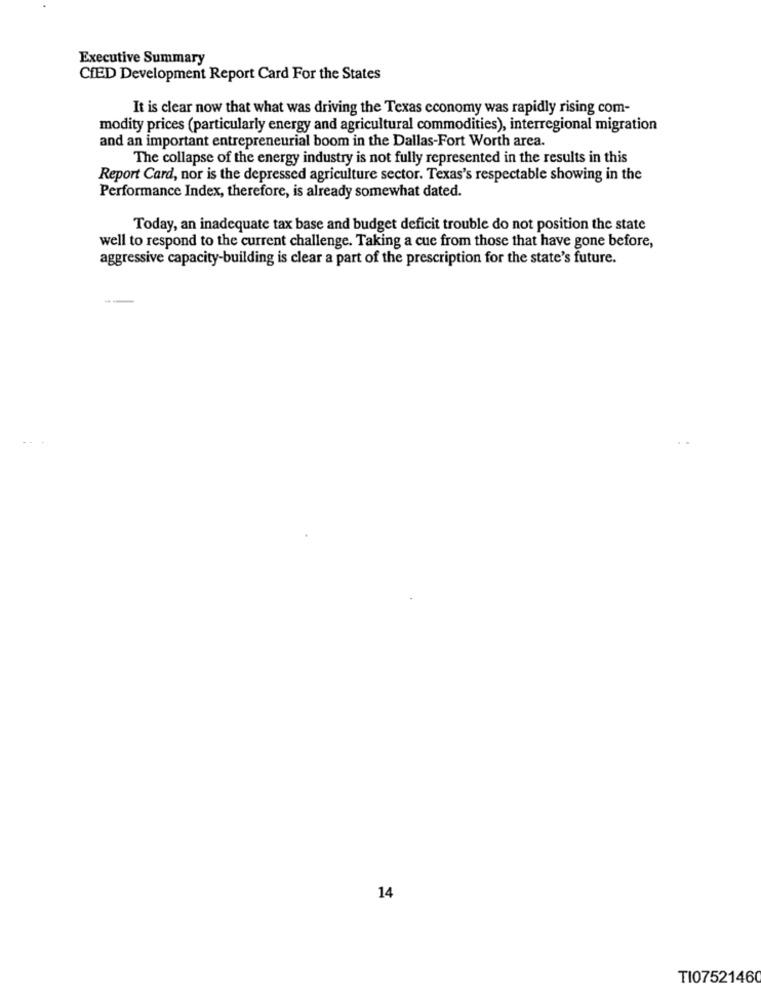
Executive Summary
CIED Development Report Card For the States
It is clear now that what was driving the Texas economy was rapidly rising com-
modity prices (particularly energy and agricultural commodities), interregional migration
and an important entrepreneurial boom in the Dallas-Fort Worth area.
The collapse of the energy industry is not fully represented in the results in this
Report Card, nor is the depressed agriculture sector. Texas's respectable showing in the
Performance Index, therefore, is already somewhat dated.
Today, an inadequate tax base and budget deficit trouble do not position the state
well to respond to the current challenge. Taking a cue from those that have gone before,
aggressive capacity-building is clear a part of the prescription for the state's future.
14
TI07521460